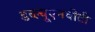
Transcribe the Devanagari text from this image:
डब्ल्यूएनवीटी